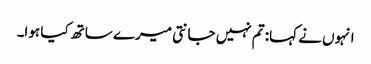
انہوں نے کہا: تم نہیں جانتی میرے ساتھ کیا ہوا۔